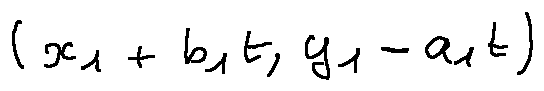
( x _ { 1 } + b _ { 1 } t , y _ { 1 } - a _ { 1 } t )